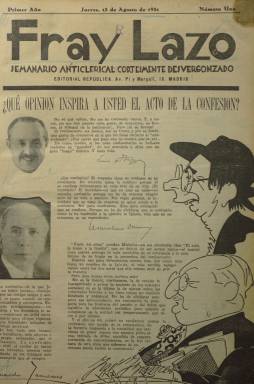
Título: Fray Lazo
Colección: Revistas satíricas y humorísticas
Ámbito geográfico: Madrid
Lugar de publicación: Madrid
Fechas: 13/08/1931-16/11/1932